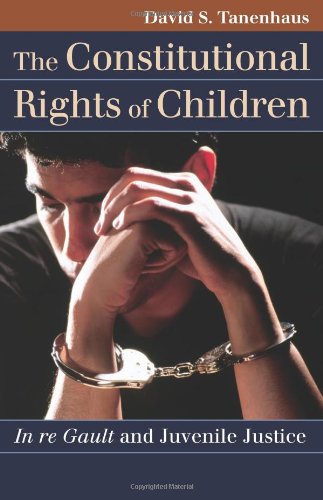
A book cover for The Constitutional Rights of Children: In re Gault and Juvenile Justice (Landmark Law Cases and American Society); David S. Tanenhaus; Law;